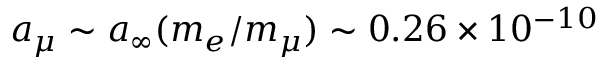
a _ { \mu } \sim a _ { \infty } ( m _ { e } / m _ { \mu } ) \sim 0 . 2 6 \times 1 0 ^ { - 1 0 }